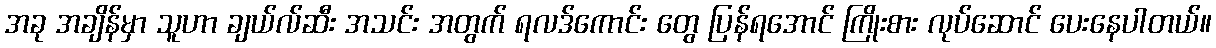
အခု အချိန်မှာ သူဟာ ချယ်လ်ဆီး အသင်း အတွက် ရလဒ်ကောင်း တွေ ပြန်ရအောင် ကြိုးစား လုပ်ဆောင် ပေးနေပါတယ်။